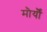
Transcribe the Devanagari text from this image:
मौर्यौं